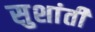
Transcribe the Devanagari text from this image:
सुशांती